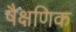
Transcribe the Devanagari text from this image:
षैक्षणिक